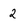
Character: 2